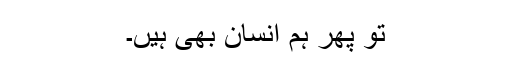
تو پھر ہم انسان بھی ہیں۔